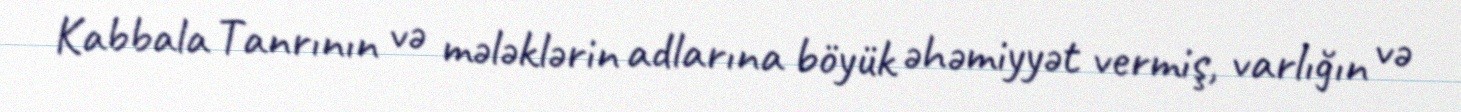
Kabbala Tanrının və mələklərin adlarına böyük əhəmiyyət vermiş, varlığın və